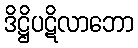
ဒိဋ္ဌိပဋိလာဘော